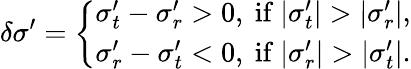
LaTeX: \delta\sigma^{\prime}=\left\{ \begin{array}{l}{\sigma_{t}^{\prime}-\sigma_{r}^{\prime}>0\mathrm{,~if~}|\sigma_{t}^{\prime}|>|\sigma_{r}^{\prime}|,}\\ {\sigma_{r}^{\prime}-\sigma_{t}^{\prime}<0\mathrm{,~if~}|\sigma_{r}^{\prime}|>|\sigma_{t}^{\prime}|.}\end{array}\right.